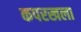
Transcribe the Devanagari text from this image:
कपरखला